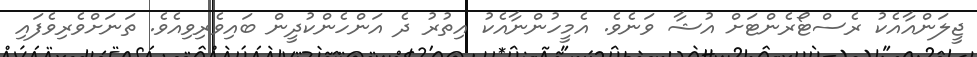
ޖީލަންއާއެކު ރެސްޓޯރެންޓަށް އުޝާ ވަނެވެ. އެމީހުންނާއެކު އިތުރު ދެ އަންހެންކުދީން ބައިވެރިވިއެވެ. ތަނަށްވެރިވެފައި